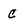
Character: C